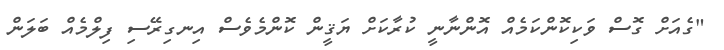
"ގެއަށް ގޮސް ވަކިކޮންކަމެއް އޮންނާނީ ކުރާކަށް ޔަޤީން ކޮންމެވެސް އިނގިރޭސި ފިލްމެއް ބަލަން